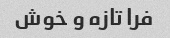
فرا تازه و خوش